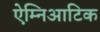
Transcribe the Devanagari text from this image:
ऐम्निआटिक